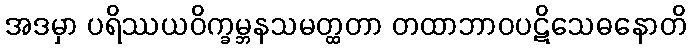
အဒမှာ ပရိဿယဝိက္ခမ္ဘနသမတ္ထတာ တထာဘာဝပဋိသေဓနောတိ